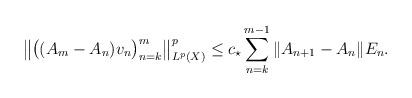
LaTeX: \begin{align*}\big\|\big ( (A_m - A_n ) v_n \big )_{n=k}^m \big\|_{L^p(X)}^p\le c_\star\sum_{n=k}^{m-1}\|A_{n+1} - A_n\|E_n.\end{align*}